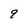
Character: 9